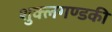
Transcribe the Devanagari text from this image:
शुक्लगण्डकी